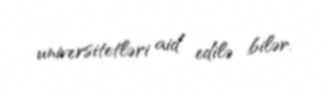
universitetləri aid edilə bilər.